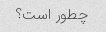
چطور است؟